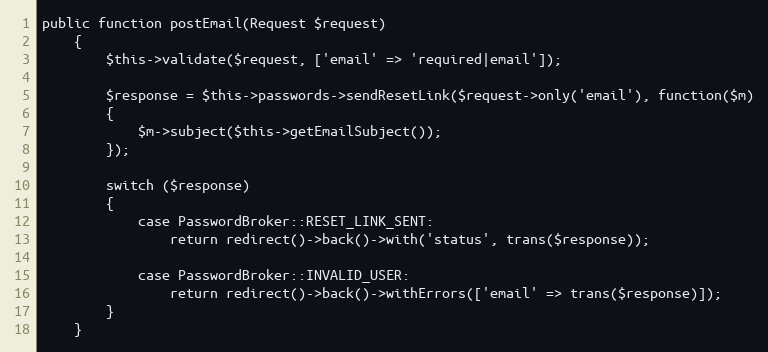
Language: PHP
public function postEmail(Request $request)
	{
		$this->validate($request, ['email' => 'required|email']);

		$response = $this->passwords->sendResetLink($request->only('email'), function($m)
		{
			$m->subject($this->getEmailSubject());
		});

		switch ($response)
		{
			case PasswordBroker::RESET_LINK_SENT:
				return redirect()->back()->with('status', trans($response));

			case PasswordBroker::INVALID_USER:
				return redirect()->back()->withErrors(['email' => trans($response)]);
		}
	}